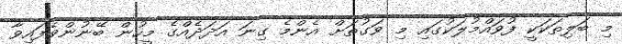
މި ބަލިތަކަކީ ފުވައްމުލަކުގައި މި ވަގުތަށް އެންމެ ގިނަ އަދަދެއްގެ މީހުން ބޭނުންވެފައިވާ